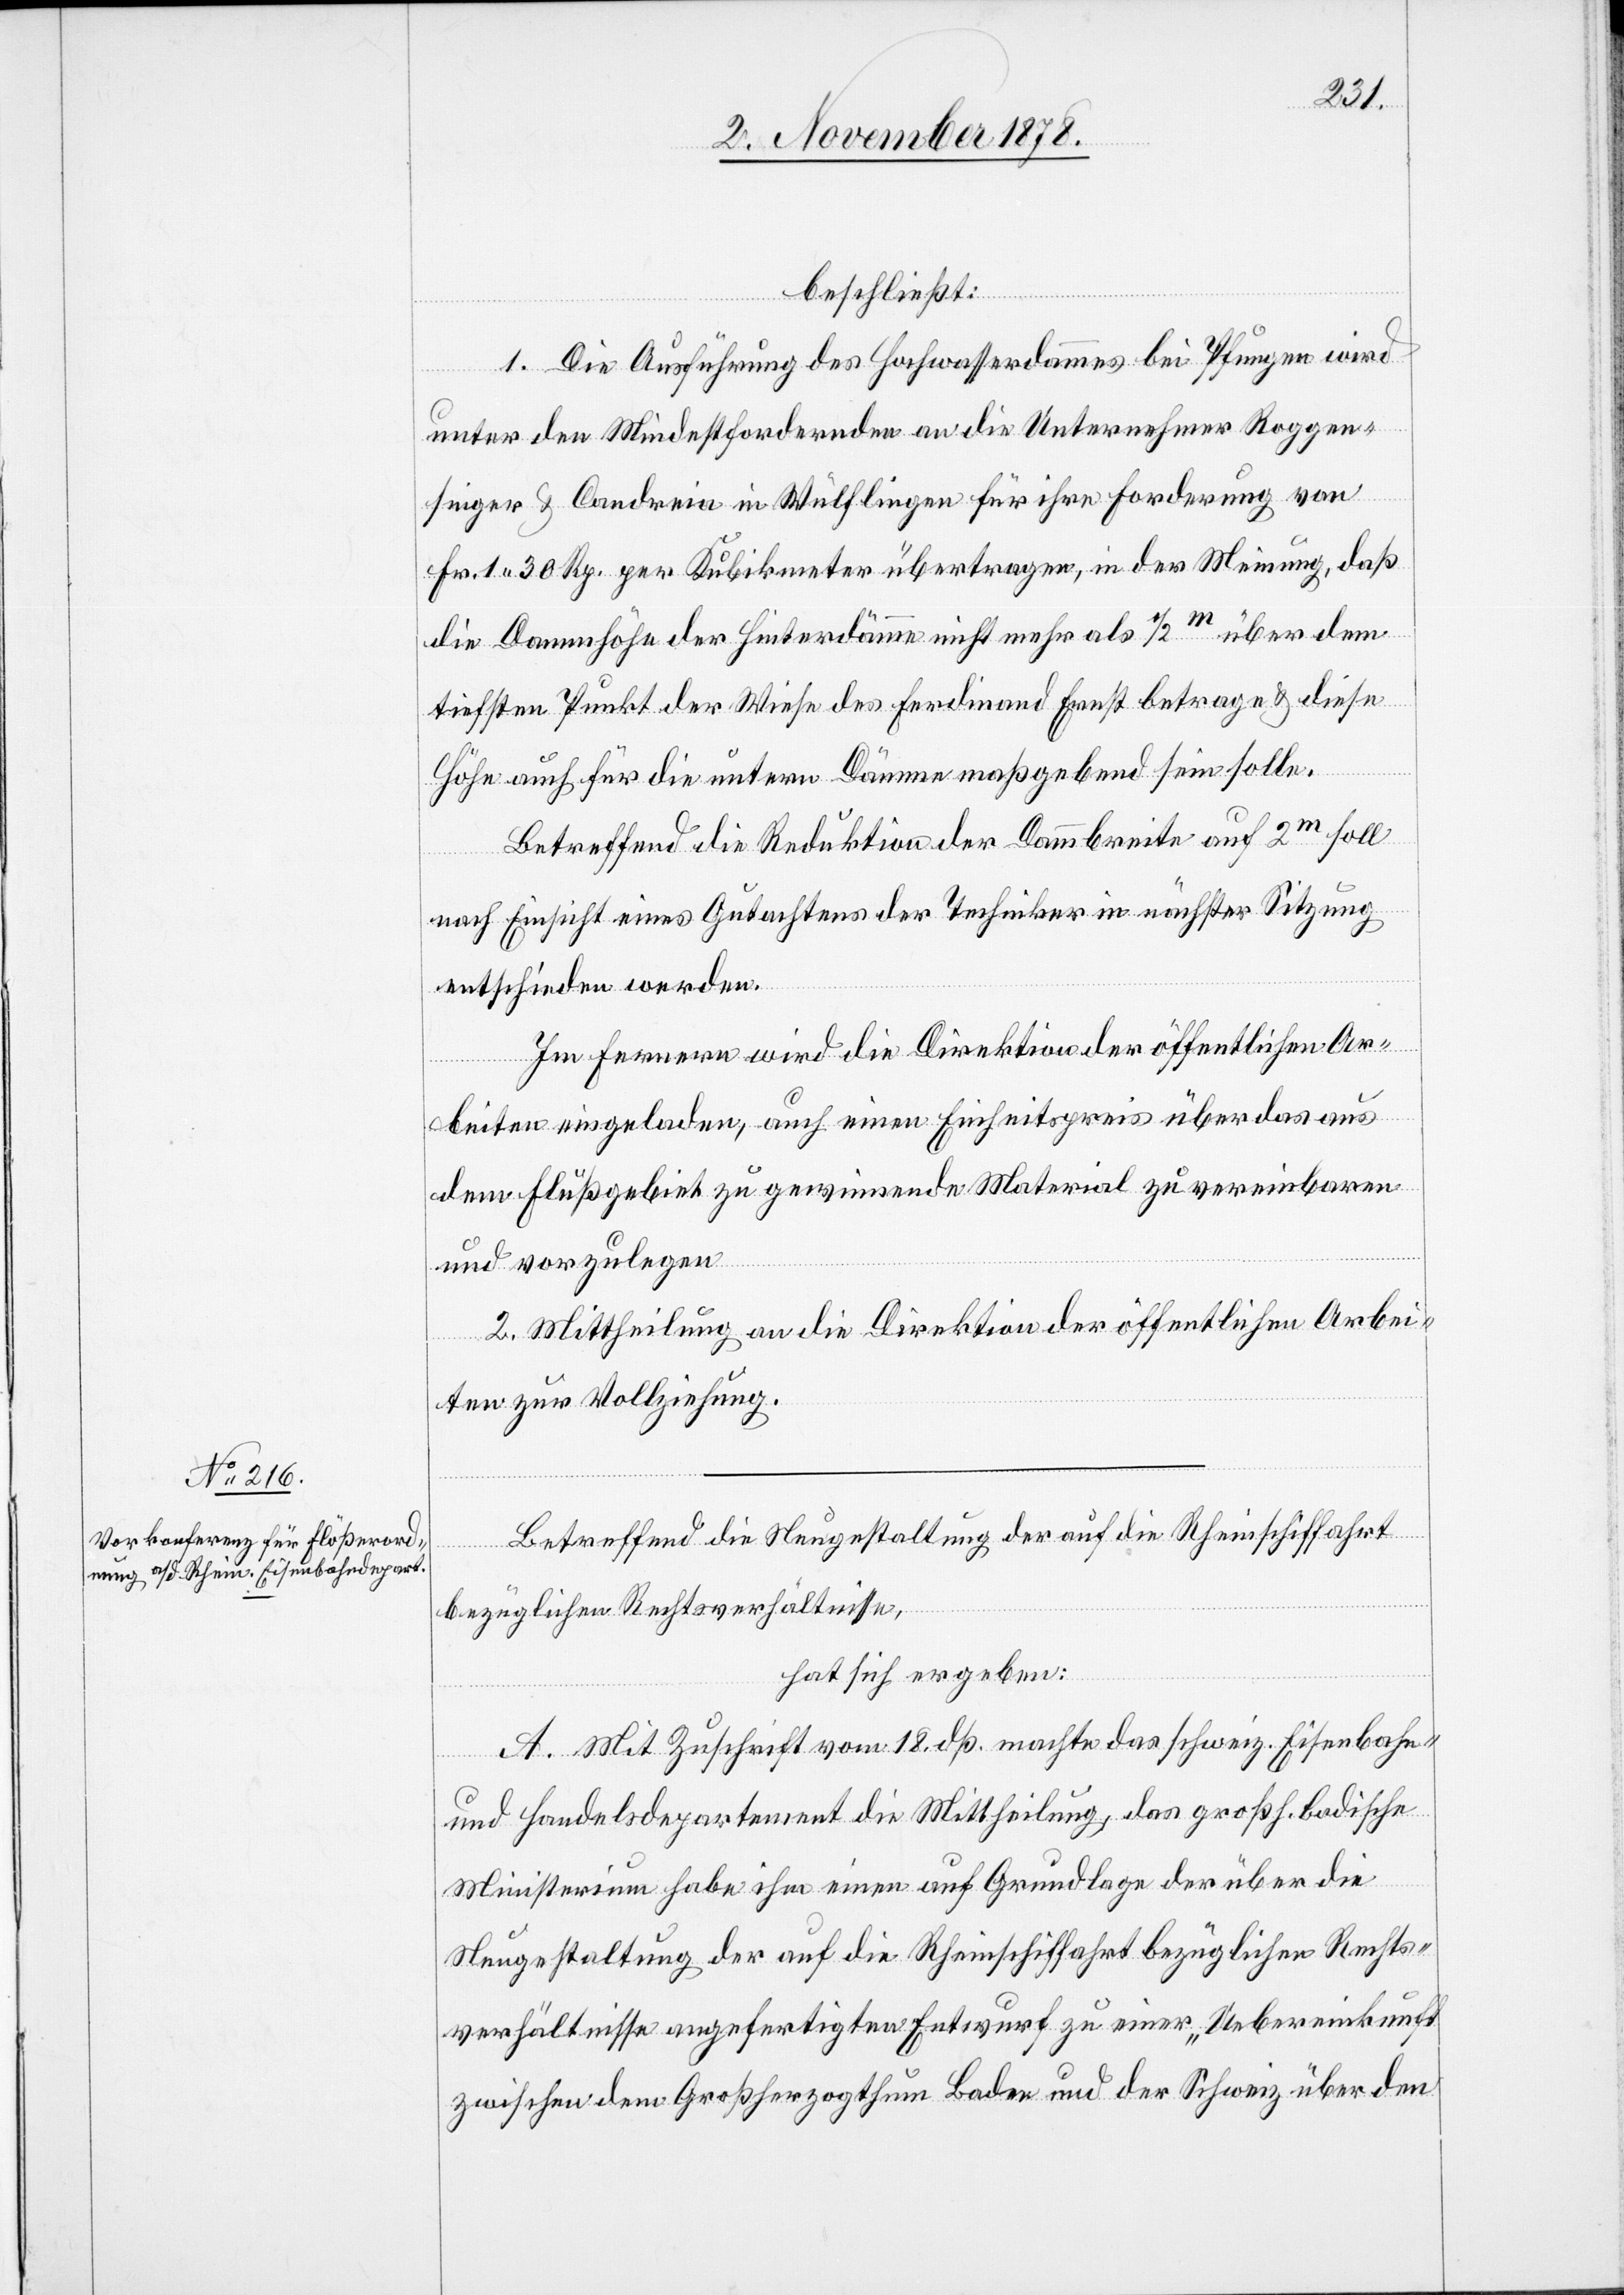
beschließt:
1. Die Ausführung des Hochwasserdammes bei Pfungen wird
unter den Mindestfordernden an die Unternehmer Roggen¬
singer & Candreia in Wülflingen für ihre Forderung von
Fr. 1 30 Rp. per Kubikmeter übertragen, in der Meinung, daß
die Dammhöhe der Hinterdämme nicht mehr als 1/2m über dem
tiefsten Punkt der Wiese des Ferdinand Ernst betrage & diese
Höhe auch für die untern Dämme maßgebend sein solle.
Betreffend die Reduktion der Dammbreite auf 2m soll
nach Einsicht eines Gutachtens der Techniker in nächster Sitzung
entschieden werden.
Im Ferneren wird die Direktion der öffentlichen Ar¬
beiten eingeladen, auch einen Einheitspreis über das aus
dem Flussgebiet zu gewinnende Material zu vereinbaren
und vorzulegen.
2. Mittheilung an die Direktion der öffentlichen Arbei¬
ten zur Vollziehung.
Betreffend die Neugestaltung der auf die Rheinschifffahrt
bezüglichen Rechtsverhältnisse,
hat sich ergeben:
A. Mit Zuschrift vom 18. dß. machte das schweiz. Eisenbahn-
und Handelsdepartement die Mittheilung, das großh. badische
Ministerium habe ihm einen auf Grundlage der über die
Neugestaltung der auf die Rheinschiffahrt bezüglichen Rechts¬
verhältnisse angefertigten Entwurf zu einer „Uebereinkunft
zwischen dem Großherzogthum Baden und der Schweiz über den